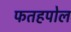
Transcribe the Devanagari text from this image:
फतहपोल